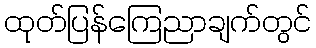
ထုတ်ပြန်ကြေညာချက်တွင်